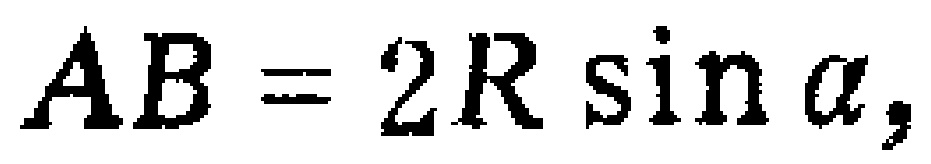
\(AB = 2R\sin\alpha,\)